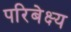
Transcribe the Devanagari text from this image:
परिबेक्ष्य